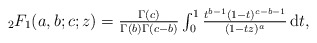
\begin{align*}\textstyle \null_2F_1(a,b; c;z) = \frac{\Gamma(c)}{\Gamma(b)\Gamma(c-b)} \int_0^1 \frac{t^{b-1} (1-t)^{c-b-1}}{(1-tz)^a} \,\mathrm dt,\end{align*}